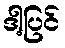
ဒါ့ပြင်